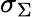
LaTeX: \sigma_{\Sigma}